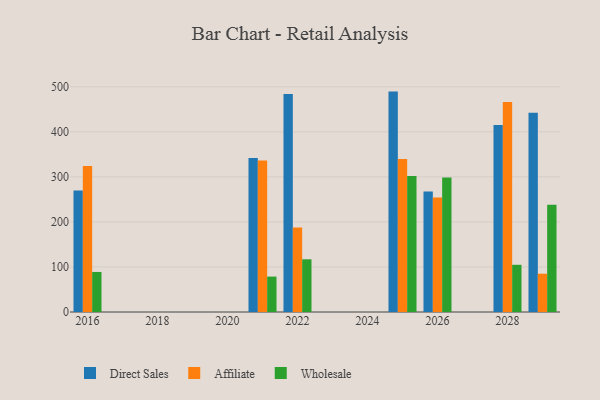
{"axis": {"x": "Year", "y": "Conversion Rate (%)"}, "legend": ["Affiliate", "Direct Sales", "Wholesale"], "data": [{"x": "2016", "y": 270.0, "type": "Direct Sales"}, {"x": "2016", "y": 324.1, "type": "Affiliate"}, {"x": "2016", "y": 88.9, "type": "Wholesale"}, {"x": "2025", "y": 489.3, "type": "Direct Sales"}, {"x": "2025", "y": 339.4, "type": "Affiliate"}, {"x": "2025", "y": 301.9, "type": "Wholesale"}, {"x": "2022", "y": 484.1, "type": "Direct Sales"}, {"x": "2022", "y": 187.6, "type": "Affiliate"}, {"x": "2022", "y": 117.0, "type": "Wholesale"}, {"x": "2026", "y": 267.7, "type": "Direct Sales"}, {"x": "2026", "y": 254.2, "type": "Affiliate"}, {"x": "2026", "y": 298.8, "type": "Wholesale"}, {"x": "2021", "y": 342.1, "type": "Direct Sales"}, {"x": "2021", "y": 336.6, "type": "Affiliate"}, {"x": "2021", "y": 78.6, "type": "Wholesale"}, {"x": "2028", "y": 415.0, "type": "Direct Sales"}, {"x": "2028", "y": 466.4, "type": "Affiliate"}, {"x": "2028", "y": 104.8, "type": "Wholesale"}, {"x": "2029", "y": 442.6, "type": "Direct Sales"}, {"x": "2029", "y": 85.0, "type": "Affiliate"}, {"x": "2029", "y": 238.0, "type": "Wholesale"}]}